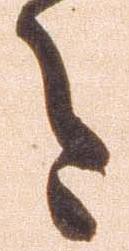
今